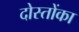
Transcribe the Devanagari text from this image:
दोस्तोंका